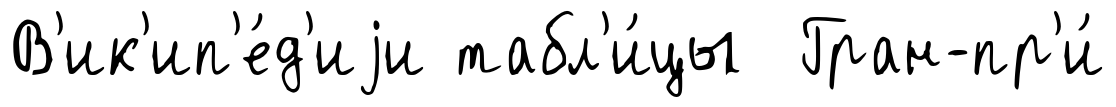
В'ик'ип'е́д'иjи табл'и́цы Гран-пр'и́